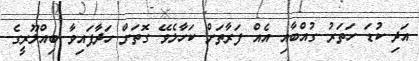
އަދި ކުޑަ ހަތަރު ގުއްބާއި އެއް ފަރާތަށް ކަހާލެވޭ ގޮތަށް ހަދާފައިވާ ބިއްލޫރީގެ